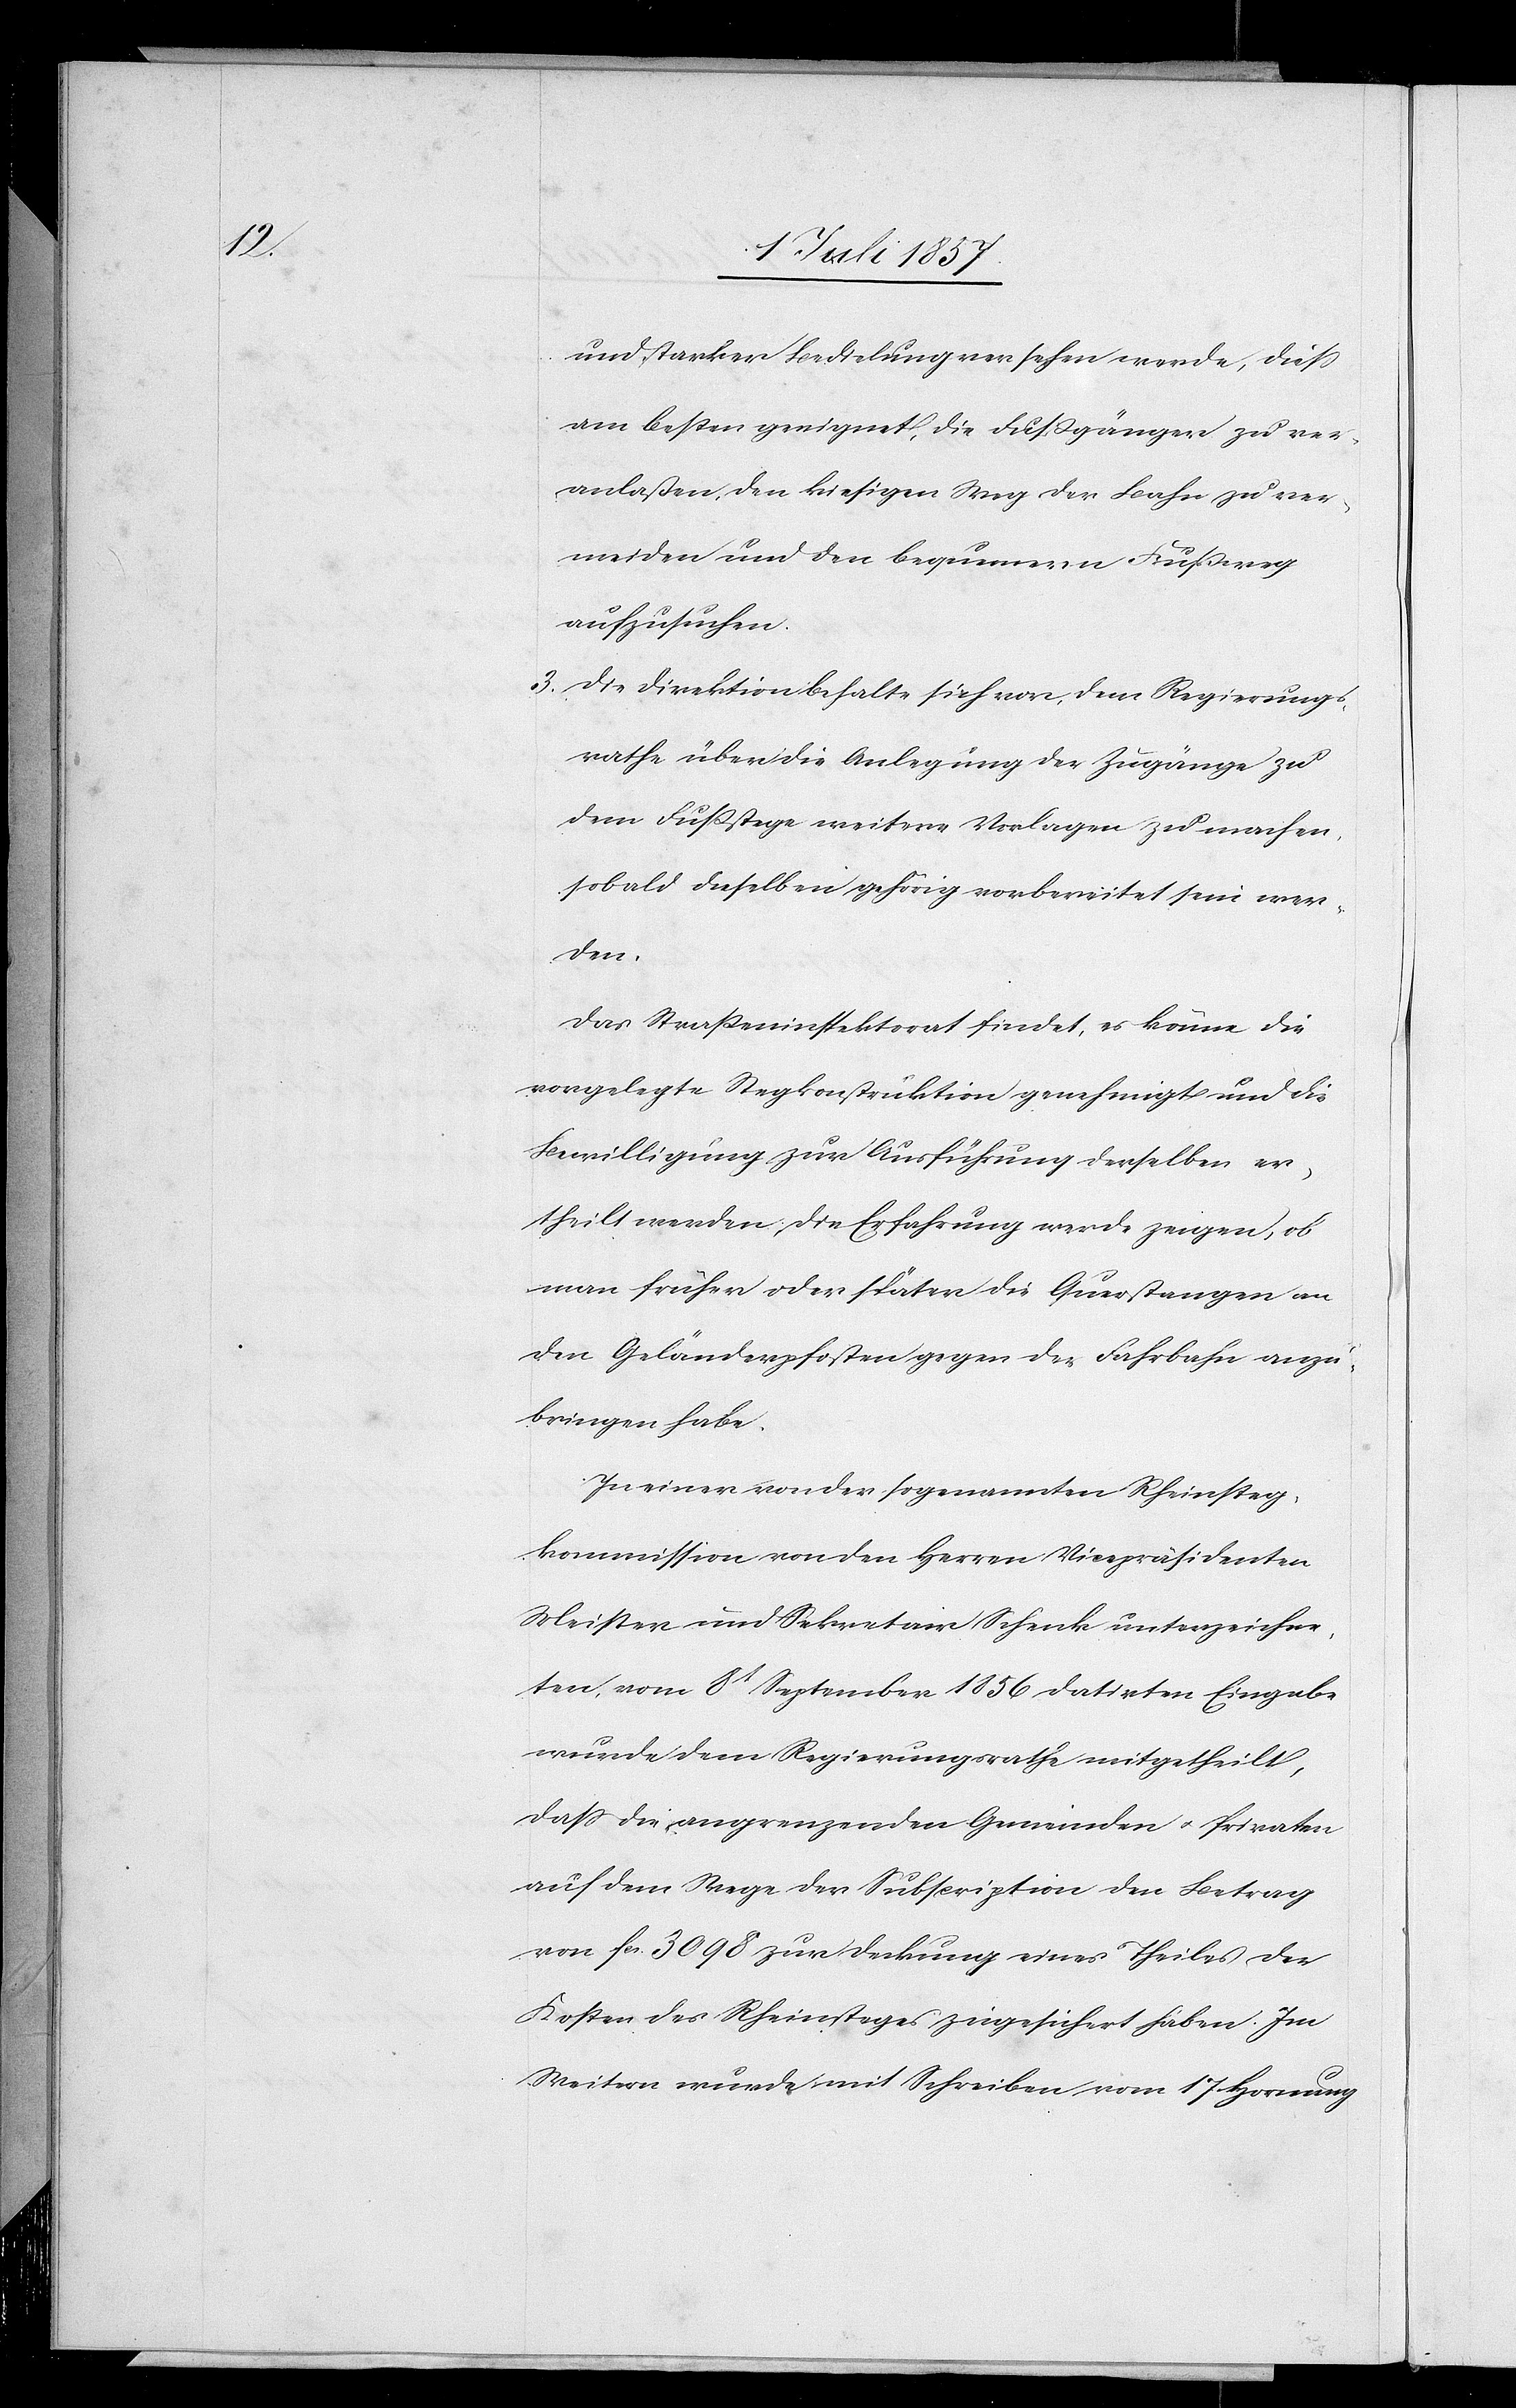
und starker Bedeckung versehen werde, dieß
am besten geeignet, die Fußgänger zu ver¬
anlaßen den kiesigen Weg der Bahn zu ver¬
meiden und den bequemern Fußweg
aufzusuchen.
3. Die Direktion behalte sich vor, dem Regierungs¬
rathe über die Anlegung der Zugänge zu
dem Fußstege weitere Vorlagen zu machen,
sobald dieselben gehörig vorbereitet sein wer¬
den.
Das Straßeninspektorat findet, es könne die
vorgelegte Wegkonstruktion genehmigt und die
Bewilligung zur Ausführung derselben er¬
theilt werden, die Erfahrung werde zeigen, ob
man früher oder später die Querstangen an
den Gebäudepfosten gegen der [sic!] Fahrbahn anzu¬
bringen habe.
In einer von der sogenannten Rheinsteg¬
kommission von den Herrn Vicepräsidenten
Meister und Sekretär Schenk unterzeichne¬
ten, vom 8t September 1856 datirten Eingabe
wurde dem Regierungsrathe mitgetheilt,
daß die angrenzenden Gemeinden & Privaten
auf dem Wege der Subscription den Betrag
von Fr. 3 098 zur Deckung eines Theiles der
Kosten des Rheinsteges zugesichert haben. Im
Weitern wurde mit Schreiben vom 17 Hornung